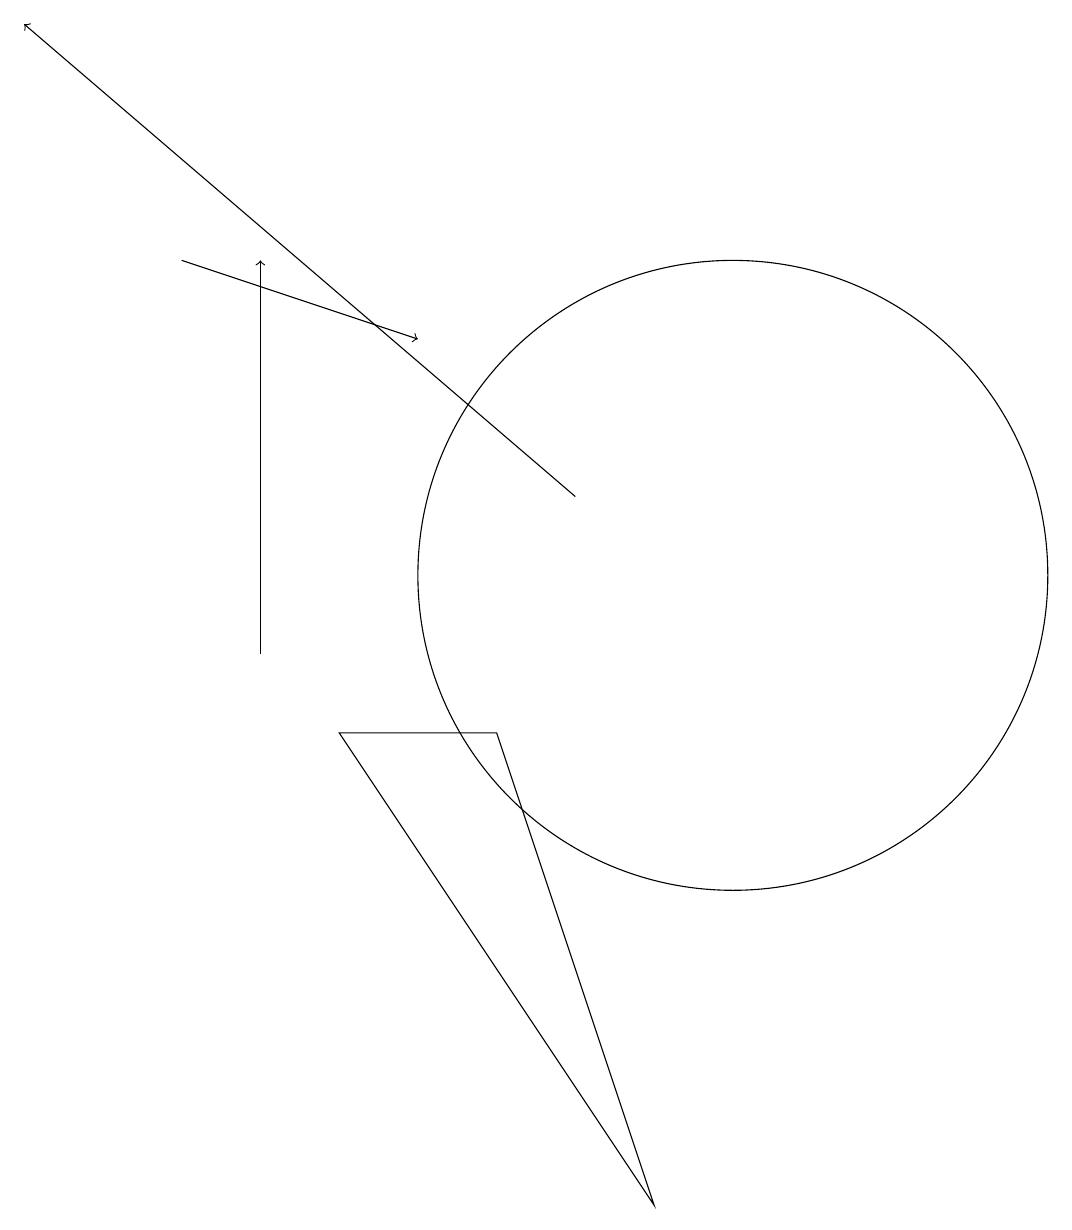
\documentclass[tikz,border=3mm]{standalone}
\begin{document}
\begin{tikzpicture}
\draw[->] (4,10) -- (4,15);
\draw[->] (8,12) -- (1,18);
\draw (10,11) circle (4);
\draw (5,9) -- (9,3) -- (7,9) -- cycle;
\draw[->] (3,15) -- (6,14);
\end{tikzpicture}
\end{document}